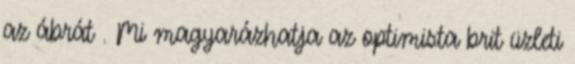
az ábrát . Mi magyarázhatja az optimista brit üzleti